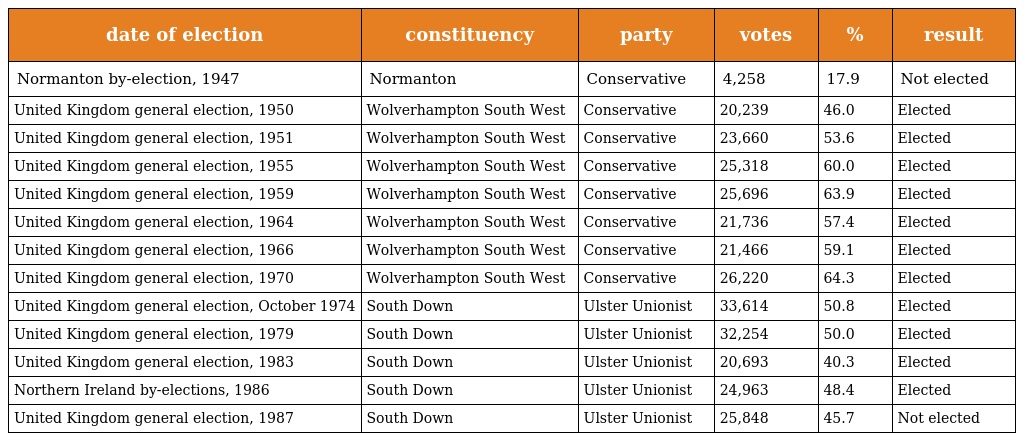
| date of election | constituency | party | votes | % | result |
 | --- | --- | --- | --- | --- | --- |
 | Normanton by-election, 1947 | Normanton | Conservative | 4,258 | 17.9 | Not elected |
 | United Kingdom general election, 1950 | Wolverhampton South West | Conservative | 20,239 | 46.0 | Elected |
 | United Kingdom general election, 1951 | Wolverhampton South West | Conservative | 23,660 | 53.6 | Elected |
 | United Kingdom general election, 1955 | Wolverhampton South West | Conservative | 25,318 | 60.0 | Elected |
 | United Kingdom general election, 1959 | Wolverhampton South West | Conservative | 25,696 | 63.9 | Elected |
 | United Kingdom general election, 1964 | Wolverhampton South West | Conservative | 21,736 | 57.4 | Elected |
 | United Kingdom general election, 1966 | Wolverhampton South West | Conservative | 21,466 | 59.1 | Elected |
 | United Kingdom general election, 1970 | Wolverhampton South West | Conservative | 26,220 | 64.3 | Elected |
 | United Kingdom general election, October 1974 | South Down | Ulster Unionist | 33,614 | 50.8 | Elected |
 | United Kingdom general election, 1979 | South Down | Ulster Unionist | 32,254 | 50.0 | Elected |
 | United Kingdom general election, 1983 | South Down | Ulster Unionist | 20,693 | 40.3 | Elected |
 | Northern Ireland by-elections, 1986 | South Down | Ulster Unionist | 24,963 | 48.4 | Elected |
 | United Kingdom general election, 1987 | South Down | Ulster Unionist | 25,848 | 45.7 | Not elected |